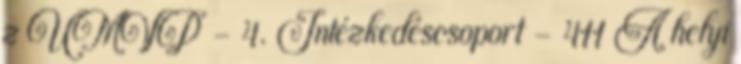
z ÚMVP - 4. Intézkedéscsoport - 411 A helyi